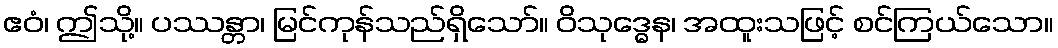
ဧဝံ၊ ဤသို့။ ပဿန္တာ၊ မြင်ကုန်သည်ရှိသော်။ ဝိသုဒ္ဓေန၊ အထူးသဖြင့် စင်ကြယ်သော။